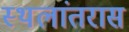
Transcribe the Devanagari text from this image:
स्थलांतरास